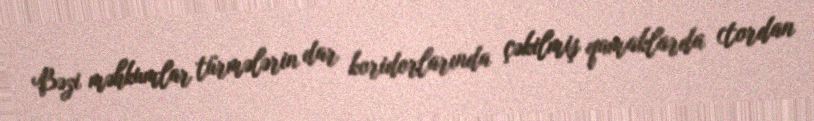
Bəzi məhkumlar türmələrin dar koridorlarında çəkilmiş qamaklarda (tordan